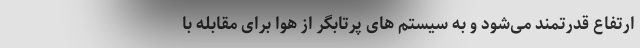
ارتفاع قدرتمند می‌شود و به سیستم های پرتابگر از هوا برای مقابله با